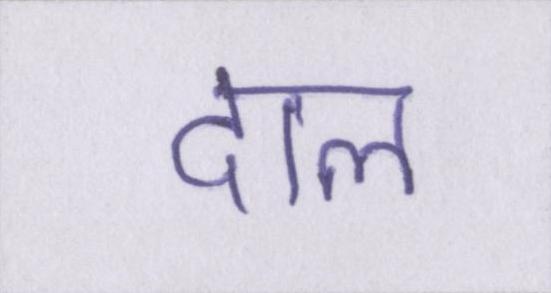
दाल